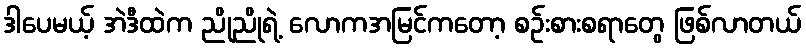
ဒါပေမယ့် အဲဒီထဲက ညိုညိုရဲ့ လောကအမြင်ကတော့ စဉ်းစားစရာတွေ ဖြစ်လာတယ်